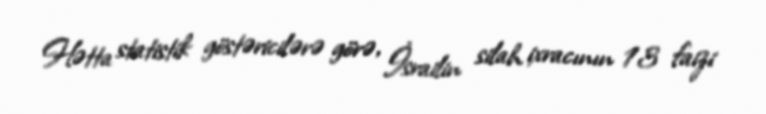
Hətta statistik göstəricilərə görə, İsrailin silah ixracının 13 faizi